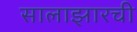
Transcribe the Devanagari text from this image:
सालाझारची